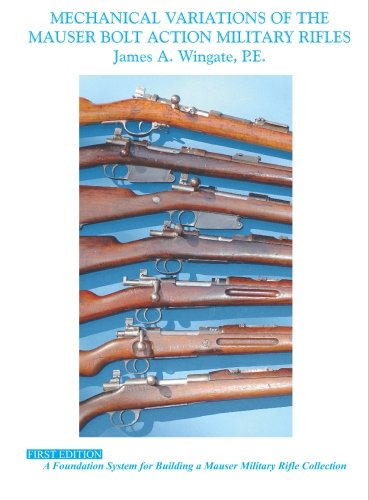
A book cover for Mechanical Variations of Mauser Bolt Action Military Rifles; James A. Wingate; Humor & Entertainment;